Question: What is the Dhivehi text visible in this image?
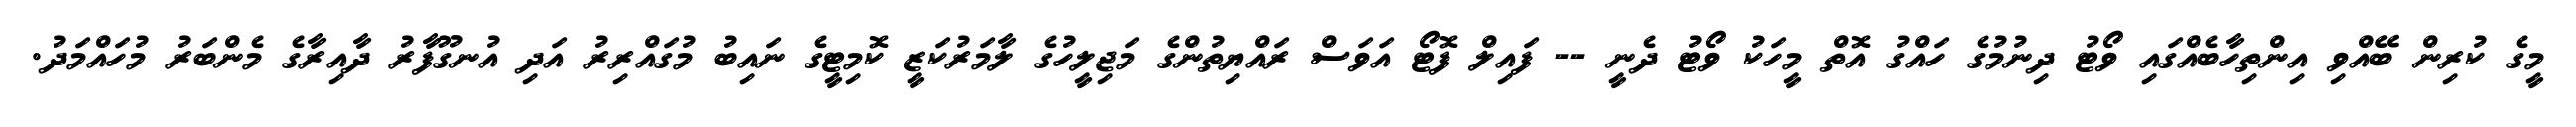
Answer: މީގެ ކުރިން ބޭއްވި އިންތިހާބެއްގައި ވޯޓު ދިނުމުގެ ހައްގު އޮތް މީހަކު ވޯޓު ދެނީ -- ފައިލް ފޮޓޯ އަވަސް ރައްޔިތުންގެ މަޖިލީހުގެ ލާމަރުކަޒީ ކޮމިޓީގެ ނައިބު މުގައްރިރު އަދި އުނގޫފާރު ދާއިރާގެ މެންބަރު މުހައްމަދު.